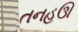
તનહઊ